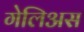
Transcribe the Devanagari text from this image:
गेलिअस